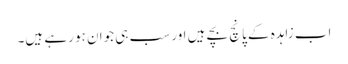
اب زاہدہ کے پانچ بچے ہیں اور سب ہی جوان ہو رہے ہیں۔